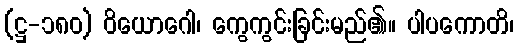
(ဋ္ဌ-၁၈၀) ဝိယောဂေါ၊ ကွေကွင်းခြင်းမည်၏။ ပါပကောတိ၊